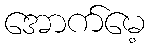
အောက်မေ့